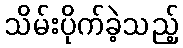
သိမ်းပိုက်ခဲ့သည့်